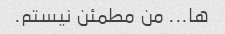
ها... من مطمئن نیستم.